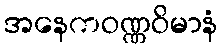
အနေကဝဏ္ဏဝိမာနံ